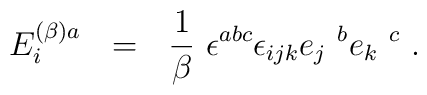
E_i^{(\beta) a}~~=~~\frac{1}{\beta}~\epsilon^{abc} \epsilon_{ijk} e_j~^be_k~^c~.